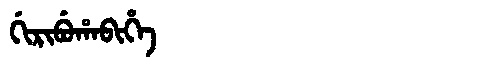
Manchu: ᡤᡳᡵᡳᠪᡠᡥᠠᠪᡳᡥᡝ
Romanization: GIRIBUHABIHE